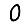
Digit: 0